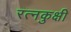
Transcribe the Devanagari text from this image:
रत्नकुक्षी